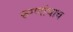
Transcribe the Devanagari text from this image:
रुग्णांचाच